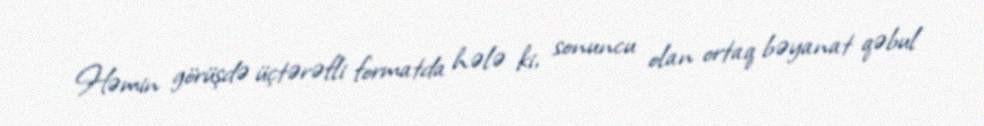
Həmin görüşdə üçtərəfli formatda hələ ki, sonuncu olan ortaq bəyanat qəbul